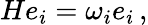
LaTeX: He_{i}=\omega_{i}e_{i}\, ,